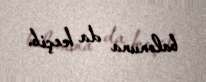
balonuna da keçib.